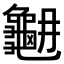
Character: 𪚳